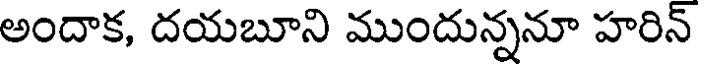
అందాక, దయబూని ముందున్ననూ హరిన్